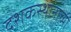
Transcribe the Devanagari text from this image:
दशकस्थानाच्या